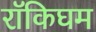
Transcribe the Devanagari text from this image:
रॉकिघम